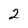
Character: 2